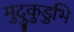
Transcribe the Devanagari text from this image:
मुदुकुडुभि